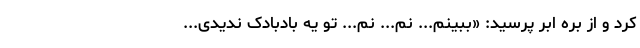
کرد و از بره ابر پرسید: «ببینم... نم... نم... تو یه بادبادک ندیدی...